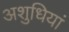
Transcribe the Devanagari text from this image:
अशुधियां